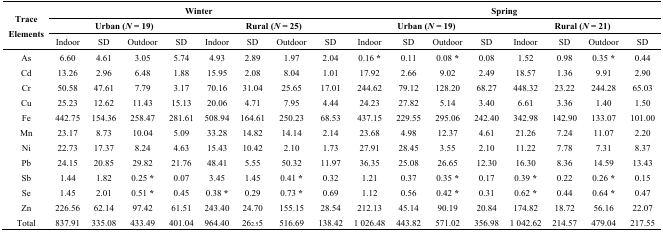
<table><thead><tr><td rowspan="3"><b>Trace Elements</b></td><td colspan="8"><b>Winter</b></td><td colspan="8"><b>Spring </b></td></tr><tr><td colspan="4"><b>Urban (<i>N</i> = 19)</b></td><td colspan="4"><b>Rural (<i>N</i> = 25)</b></td><td colspan="4"><b>Urban (<i>N</i> = 19)</b></td><td colspan="4"><b>Rural (<i>N</i> = 21)</b></td></tr><tr><td><b>Indoor</b></td><td><b>SD</b></td><td><b>Outdoor</b></td><td><b>SD</b></td><td><b>Indoor</b></td><td><b>SD</b></td><td><b>Outdoor</b></td><td><b>SD</b></td><td><b>Indoor</b></td><td><b>SD</b></td><td><b>Outdoor</b></td><td><b>SD</b></td><td><b>Indoor</b></td><td><b>SD</b></td><td><b>Outdoor</b></td><td><b>SD</b></td></tr></thead><tbody><tr><td>As</td><td>6.60</td><td>4.61</td><td>3.05</td><td>5.74</td><td>4.93</td><td>2.89</td><td>1.97</td><td>2.04</td><td>0.16<b>*</b></td><td>0.11</td><td>0.08<b>*</b></td><td>0.08</td><td>1.52</td><td>0.98</td><td>0.35<b>*</b></td><td>0.44</td></tr><tr><td>Cd</td><td>13.26</td><td>2.96</td><td>6.48</td><td>1.88</td><td>15.95</td><td>2.08</td><td>8.04</td><td>1.01</td><td>17.92</td><td>2.66</td><td>9.02</td><td>2.49</td><td>18.57</td><td>1.36</td><td>9.91</td><td>2.90</td></tr><tr><td>Cr</td><td>50.58</td><td>47.61</td><td>7.79</td><td>3.17</td><td>70.16</td><td>31.04</td><td>25.65</td><td>17.01</td><td>244.62</td><td>79.12</td><td>128.20</td><td>68.27</td><td>448.32</td><td>23.22</td><td>244.28</td><td>65.03</td></tr><tr><td>Cu</td><td>25.23</td><td>12.62</td><td>11.43</td><td>15.13</td><td>20.06</td><td>4.71</td><td>7.95</td><td>4.44</td><td>24.23</td><td>27.82</td><td>5.14</td><td>3.40</td><td>6.61</td><td>3.36</td><td>1.40</td><td>1.50</td></tr><tr><td>Fe</td><td>442.75</td><td>154.36</td><td>258.47</td><td>281.61</td><td>508.94</td><td>164.61</td><td>250.23</td><td>68.53</td><td>437.15</td><td>229.55</td><td>295.06</td><td>242.40</td><td>342.98</td><td>142.90</td><td>133.07</td><td>101.00</td></tr><tr><td>Mn</td><td>23.17</td><td>8.73</td><td>10.04</td><td>5.09</td><td>33.28</td><td>14.82</td><td>14.14</td><td>2.14</td><td>23.68</td><td>4.98</td><td>12.37</td><td>4.61</td><td>21.26</td><td>7.24</td><td>11.07</td><td>2.20</td></tr><tr><td>Ni</td><td>22.73</td><td>17.37</td><td>8.24</td><td>4.63</td><td>15.43</td><td>10.42</td><td>2.10</td><td>1.73</td><td>27.91</td><td>28.45</td><td>3.55</td><td>2.10</td><td>11.22</td><td>7.78</td><td>7.31</td><td>8.37</td></tr><tr><td>Pb</td><td>24.15</td><td>20.85</td><td>29.82</td><td>21.76</td><td>48.41</td><td>5.55</td><td>50.32</td><td>11.97</td><td>36.35</td><td>25.08</td><td>26.65</td><td>12.30</td><td>16.30</td><td>8.36</td><td>14.59</td><td>13.43</td></tr><tr><td>Sb</td><td>1.44</td><td>1.82</td><td>0.25<b>*</b></td><td>0.07</td><td>3.45</td><td>1.45</td><td>0.41<b>*</b></td><td>0.32</td><td>1.21</td><td>0.37</td><td>0.35<b>*</b></td><td>0.17</td><td>0.39<b>*</b></td><td>0.22</td><td>0.26<b>*</b></td><td>0.15</td></tr><tr><td>Se</td><td>1.45</td><td>2.01</td><td>0.51<b>*</b></td><td>0.45</td><td>0.38<b>*</b></td><td>0.29</td><td>0.73<b>*</b></td><td>0.69</td><td>1.12</td><td>0.56</td><td>0.42<b>*</b></td><td>0.31</td><td>0.62<b>*</b></td><td>0.44</td><td>0.64<b>*</b></td><td>0.47</td></tr><tr><td>Zn</td><td>226.56</td><td>62.14</td><td>97.42</td><td>61.51</td><td>243.40</td><td>24.70</td><td>155.15</td><td>28.54</td><td>212.13</td><td>45.14</td><td>90.19</td><td>20.84</td><td>174.82</td><td>18.72</td><td>56.16</td><td>22.07</td></tr><tr><td>Total</td><td>837.91</td><td>335.08</td><td>433.49</td><td>401.04</td><td>964.40</td><td>26<sub>2.5</sub>5</td><td>516.69</td><td>138.42</td><td>1 026.48</td><td>443.82</td><td>571.02</td><td>356.98</td><td>1 042.62</td><td>214.57</td><td>479.04</td><td>217.55</td></tr></tbody></table>